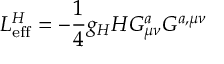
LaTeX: { \cal L } _ { \mathrm { e f f } } ^ { H } = - \frac { 1 } { 4 } g _ { H } H G _ { \mu \nu } ^ { a } G ^ { a , \mu \nu }